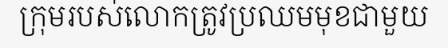
ក្រុមរបស់លោកត្រូវប្រឈមមុខជាមួយ